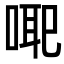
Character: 𭈳